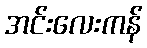
အင်းလေးကန်